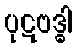
ပုဋဗဒ္ဓါ